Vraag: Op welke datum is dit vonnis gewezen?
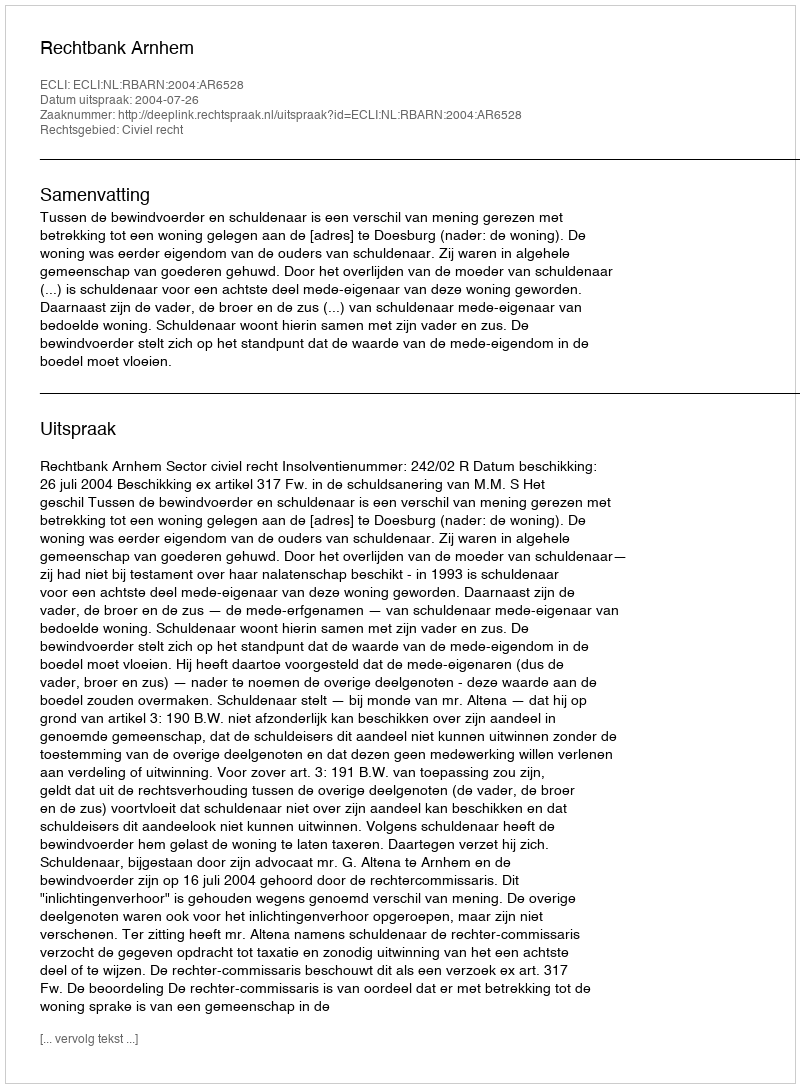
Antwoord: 2004-07-26